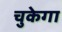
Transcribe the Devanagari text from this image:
चुकेगा